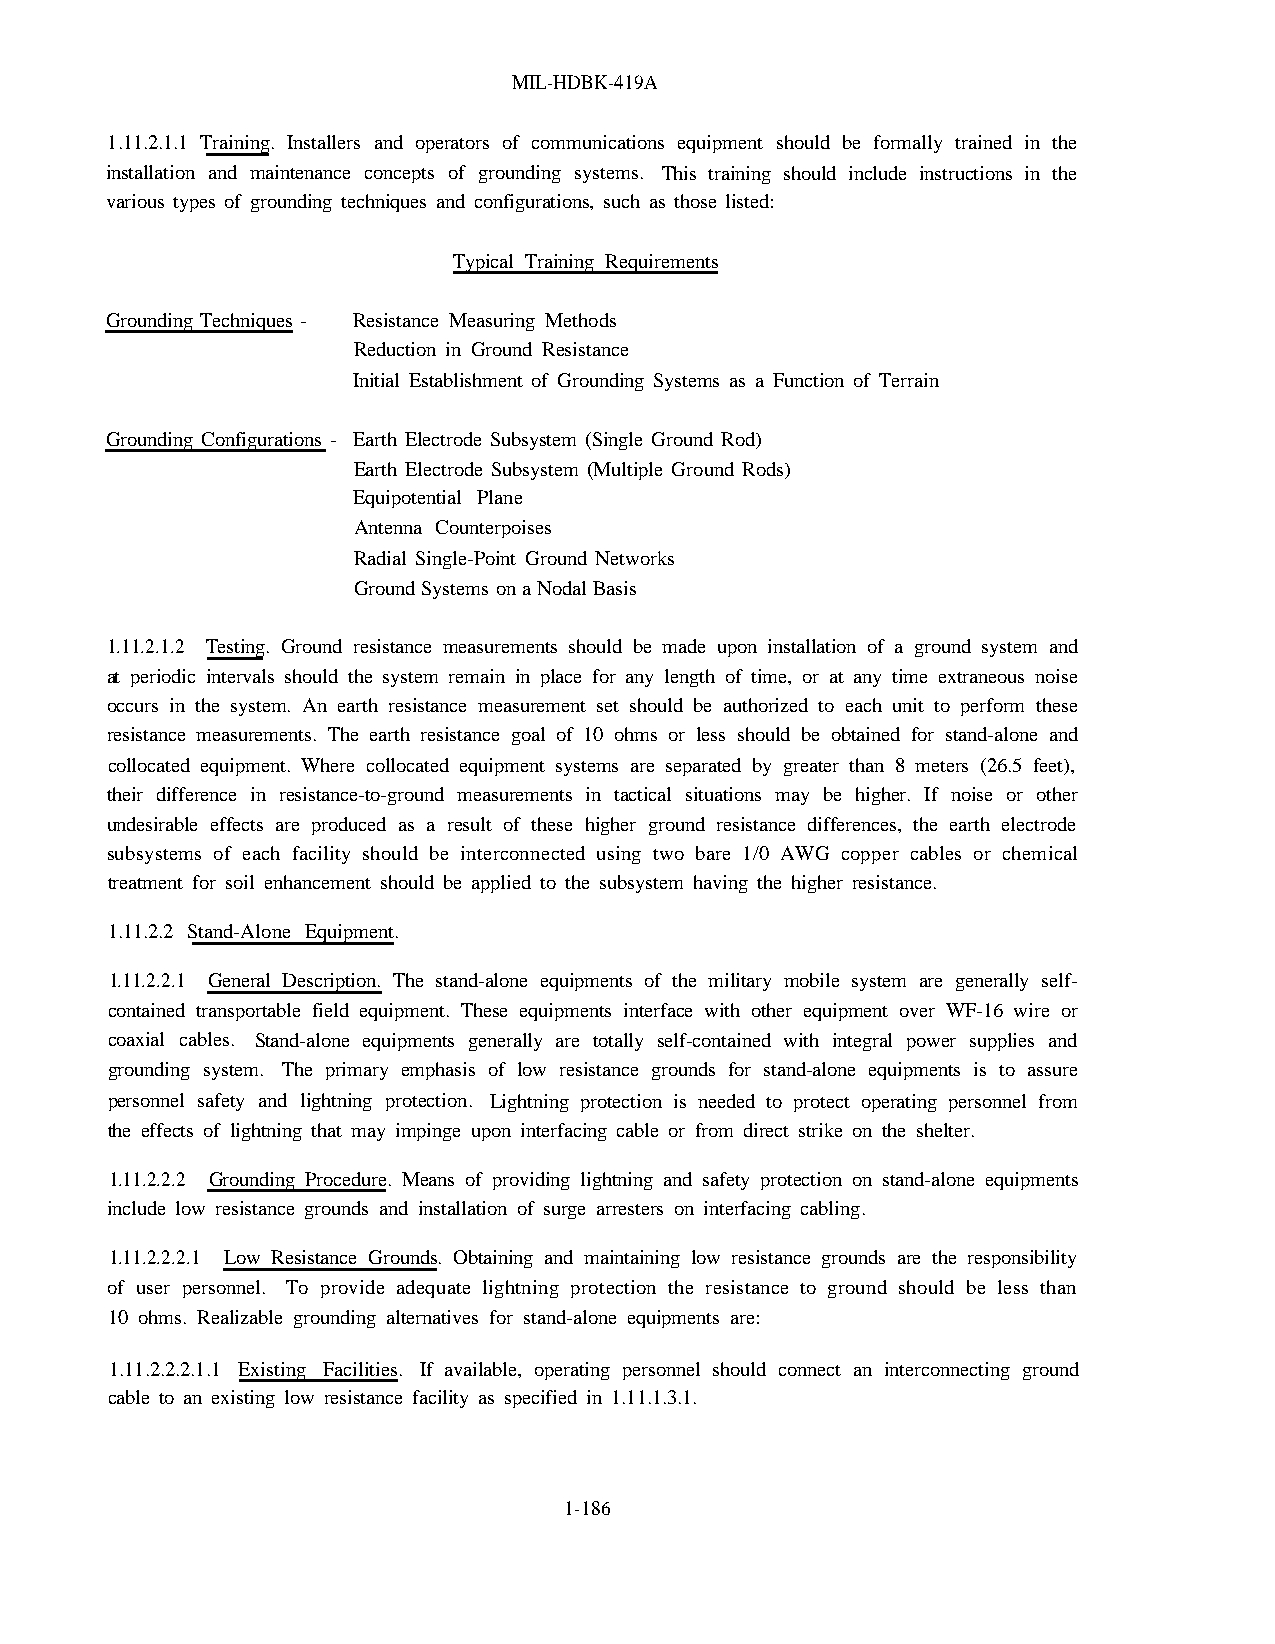
MIL-HDBK-419A
 1.11.2.1.1 Training. Installers and operators of communications equipment should be formally trained in the
 installation and maintenance concepts of grounding systems. This training should include instructions in the
 various types of grounding techniques and configurations, such as those listed:
 Typical Training Requirements
 Grounding Techniques - Resistance Measuring Methods
 Reduction in Ground Resistance
 Initial Establishment of Grounding Systems as a Function of Terrain
 Grounding Configurations - Earth Electrode Subsystem (Single Ground Rod)
 Earth Electrode Subsystem (Multiple Ground Rods)
 Equipotential Plane
 Antenna Counterpoises
 Radial Single-Point Ground Networks
 Ground Systems on a Nodal Basis
 1.11.2.1.2 Testing. Ground resistance measurements should be made upon installation of a ground system and
 at periodic intervals should the system remain in place for any length of time, or at any time extraneous noise
 occurs in the system. An earth resistance measurement set should be authorized to each unit to perform these
 resistance measurements. The earth resistance goal of 10 ohms or less should be obtained for stand-alone and
 collocated equipment. Where collocated equipment systems are separated by greater than 8 meters (26.5 feet),
 their difference in resistance-to-ground measurements in tactical situations may be higher. If noise or other
 undesirable effects are produced as a result of these higher ground resistance differences, the earth electrode
 subsystems of each facility should be interconnected using two bare 1/0 AWG copper cables or chemical
 treatment for soil enhancement should be applied to the subsystem having the higher resistance.
 1.11.2.2 Stand-Alone Equipment.
 1.11.2.2.1 General Description. The stand-alone equipments of the military mobile system are generally self-
 contained transportable field equipment. These equipments interface with other equipment over WF-16 wire or
 coaxial cables. Stand-alone equipments generally are totally self-contained with integral power supplies and
 grounding system. The primary emphasis of low resistance grounds for stand-alone equipments is to assure
 personnel safety and lightning protection. Lightning protection is needed to protect operating personnel from
 the effects of lightning that may impinge upon interfacing cable or from direct strike on the shelter.
 1.11.2.2.2 Grounding Procedure. Means of providing lightning and safety protection on stand-alone equipments
 include low resistance grounds and installation of surge arresters on interfacing cabling.
 1.11.2.2.2.1 Low Resistance Grounds. Obtaining and maintaining low resistance grounds are the responsibility
 of user personnel. To provide adequate lightning protection the resistance to ground should be less than
 10 ohms. Realizable grounding alternatives for stand-alone equipments are:
 1.11.2.2.2.1.1 Existing Facilities. If available, operating personnel should connect an interconnecting ground
 cable to an existing low resistance facility as specified in 1.11.1.3.1.
 1-186